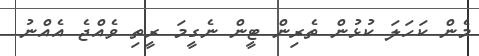
މެން ކަހަލަ ކުޅުން ތެރިން ޓީން ނެގީމަ ރީތި ވެއްޖެ އެއްނު